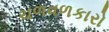
ચળવળકારો